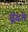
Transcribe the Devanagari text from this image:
ढूॅढते